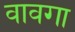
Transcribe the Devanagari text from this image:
वावगा